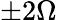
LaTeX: \pm 2\Omega